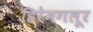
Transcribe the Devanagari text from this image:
हिरेमगलूर